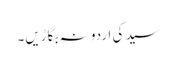
سید کی اردو نہ بگاڑیں۔